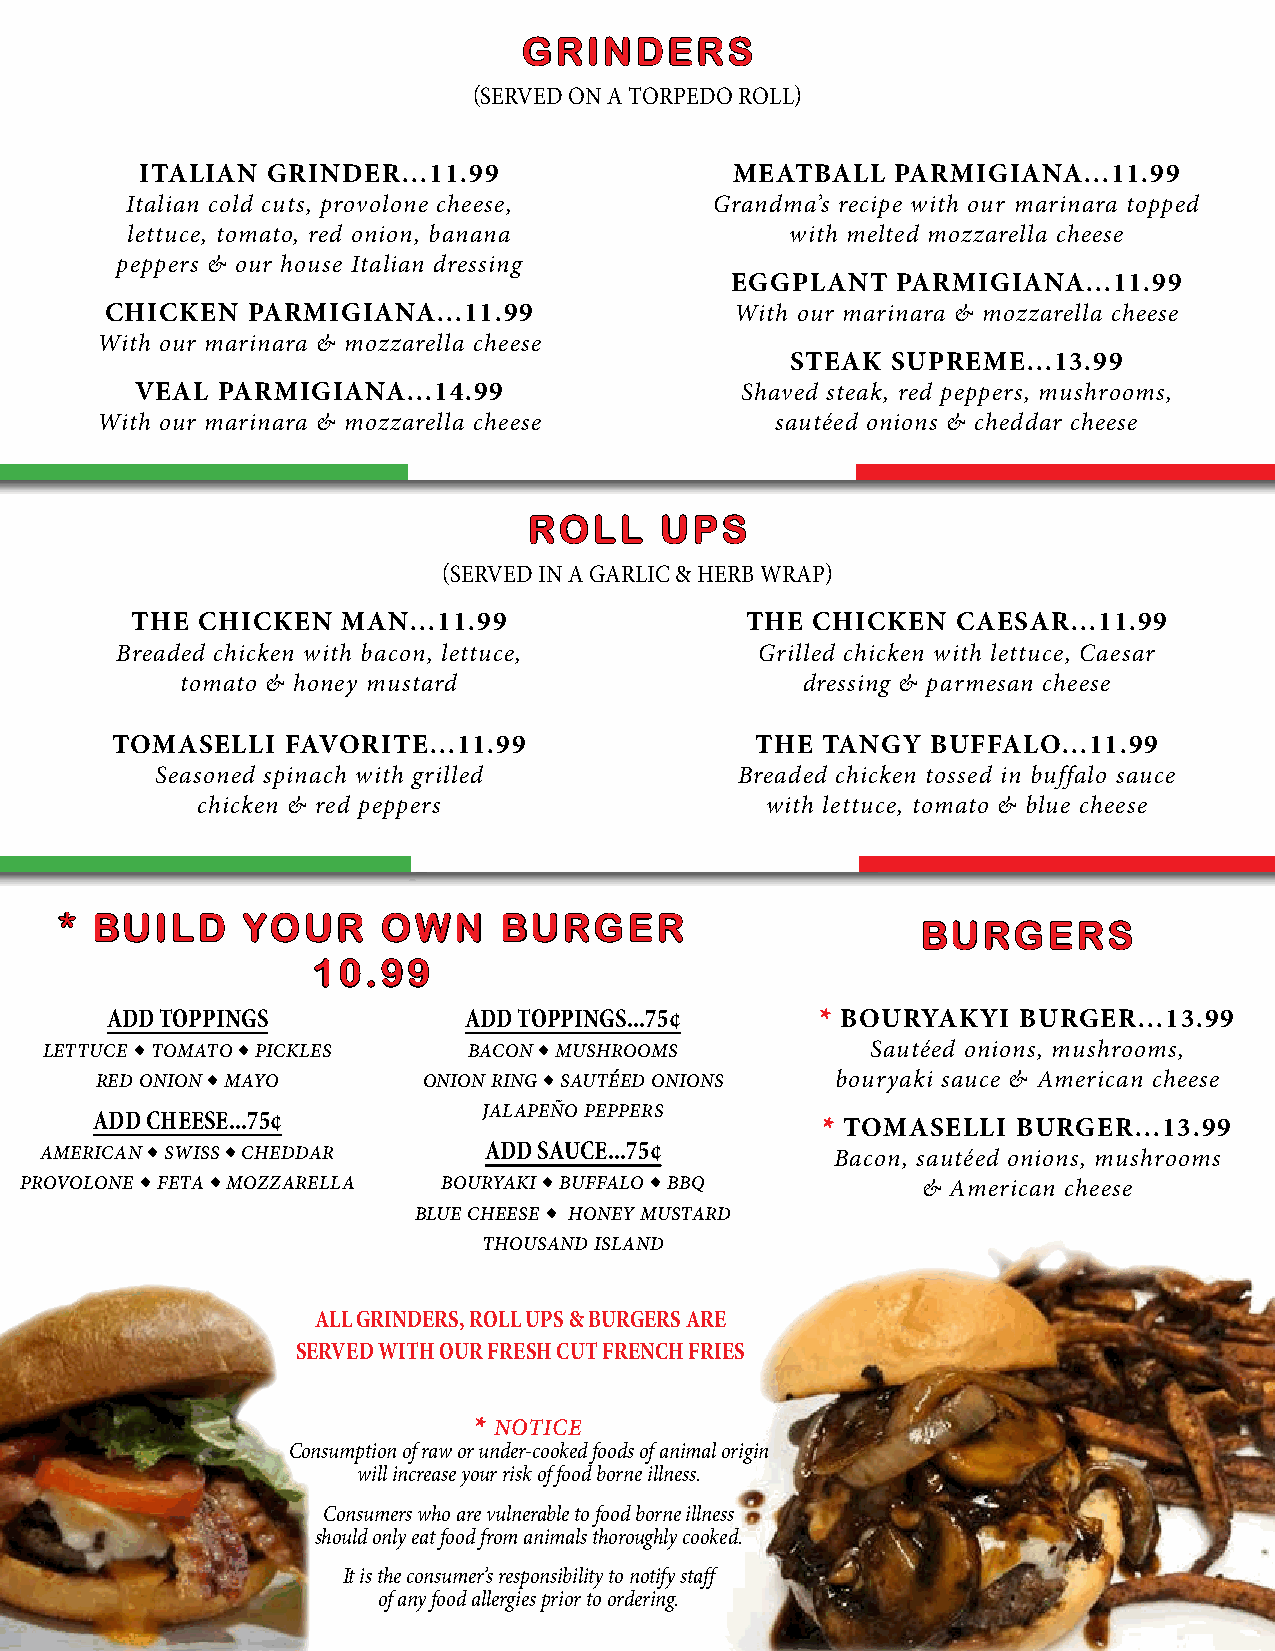
GGRRIINNDDEERRSS
 (SERVED ON A TORPEDO ROLL)
 ITALIAN  GRINDER...11.99                MEATBALL  PARMIGIANA...11.99
 Italian cold cuts, provolone cheese,   Grandma’s recipe with our marinara topped
 lettuce, tomato, red onion, banana          with melted mozzarella cheese
 peppers & our house Italian dressing
 EGGPLANT   PARMIGIANA...11.99
 CHICKEN  PARMIGIANA...11.99               With our marinara & mozzarella cheese
 With our marinara & mozzarella cheese
 STEAK  SUPREME...13.99
 VEAL PARMIGIANA...14.99                 Shaved steak, red peppers, mushrooms,
 With our marinara & mozzarella cheese        sautéed onions & cheddar cheese
 RROOLLLL UUPPSS
 (SERVED IN A GARLIC & HERB WRAP)
 THE CHICKEN   MAN...11.99               THE  CHICKEN  CAESAR...11.99
 Breaded chicken with bacon, lettuce,      Grilled chicken with lettuce, Caesar
 tomato & honey mustard                   dressing & parmesan cheese
 TOMASELLI   FAVORITE...11.99               THE TANGY   BUFFALO...11.99
 Seasoned spinach with grilled          Breaded chicken tossed in buffalo sauce
 chicken & red peppers                 with lettuce, tomato & blue cheese
 ** BBUUIILLDD YYOOUURR OOWWNN BBUURRGGEERR
 BBUURRGGEERRSS
 1100..9999
 ADD TOPPINGS            ADD TOPPINGS...75¢     ** BOURYAKYI  BURGER...13.99
 Lettuce ◆ Tomato ◆ Pickles  Bacon ◆ Mushrooms          Sautéed onions, mushrooms,
 Red Onion ◆ Mayo      Onion Ring ◆ Sautéed Onions bouryaki sauce & American cheese
 JalapeÑo Peppers
 ADD CHEESE...75¢
 ** TOMASELLI BURGER...13.99
 American ◆ Swiss ◆ Cheddar   ADD SAUCE...75¢
 Bacon, sautéed onions, mushrooms
 Provolone ◆ Feta ◆ Mozzarella Bouryaki ◆ Buffalo ◆ bbq
 & American cheese
 Blue Cheese ◆ honey Mustard
 Thousand Island
 ALL GRINDERS, ROLL UPS & BURGERS ARE
 SERVED WITH OUR FRESH CUT FRENCH FRIES
 ** Notice
 Consumption of raw or under-cooked foods of animal origin
 will increase your risk of food borne illness.
 Consumers who are vulnerable to food borne illness
 should only eat food from animals thoroughly cooked.
 It is the consumer’s responsibility to notify staff
 of any food allergies prior to ordering.